Sketch of the medical history of the native army of Bombay, for the year
Year: 1875
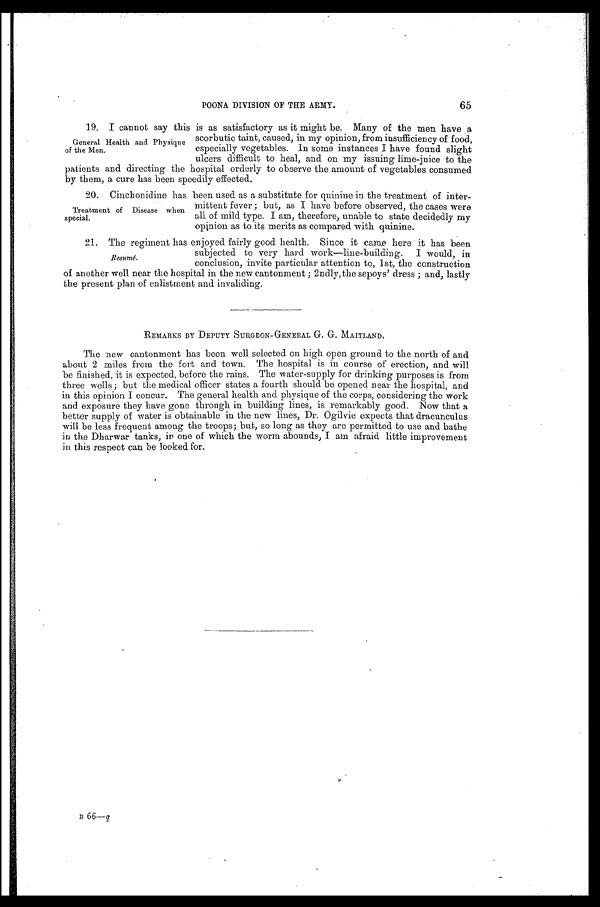
65
POONA DIVISION OF THE ARMY.
19. I cannot say this is as satisfactory as it might be. Many of the men have a
scorbutic taint, caused, in my opinion, from insufficiency of food,
especially vegetables. In some instances I have found slight
ulcers difficult to heal, and on my issuing lime-juice to the
patients and directing the hospital orderly to observe the amount of vegetables consumed
by them, a cure has been speedily effected.
20. Cinchonidine has been used as a substitute for quinine in the treatment of inter
-
mittent fever; but, as I have before observed, the cases were
all of mild type. I am, therefore, unable to state decidedly my
opinion as to its merits as compared with quinine.
21. The regiment has enjoyed fairly good health. Since it came here it has been
subjected to very hard work—line-building. I would, in
conclusion, invite particular attention to, 1st, the construction
of another well near the hospital in the new cantonment; 2ndly, the sepoys' dress; and, lastly
the present plan of enlistment and invaliding.
REMARKS BY DEPUTY SURGEON-GENERAL G. G. MAITLAND.
The new cantonment has been well selected on high open ground to the north of and
about 2 miles from the fort and town. The hospital is in course of erection, and will
be finished, it is expected, before the rains. The water-supply for drinking purposes is from
three wells; but the medical officer states a fourth should be opened near the hospital, and
in this opinion I concur. The general health and physique of the corps, considering the work
and exposure they have gone through in building lines, is remarkably good. Now that a
better supply of water is obtainable in the new lines, Dr. Ogilvie expects that dracunculus
will be less frequent among the troops; but, so long as they are permitted to use and bathe
in the Dharwar tanks, in one of which the worm abounds, I am afraid little improvement
in this respect can be looked for.
General Health and Physique
of the Men.
Treatment of Disease when
special.
Resumé.
B 66— g